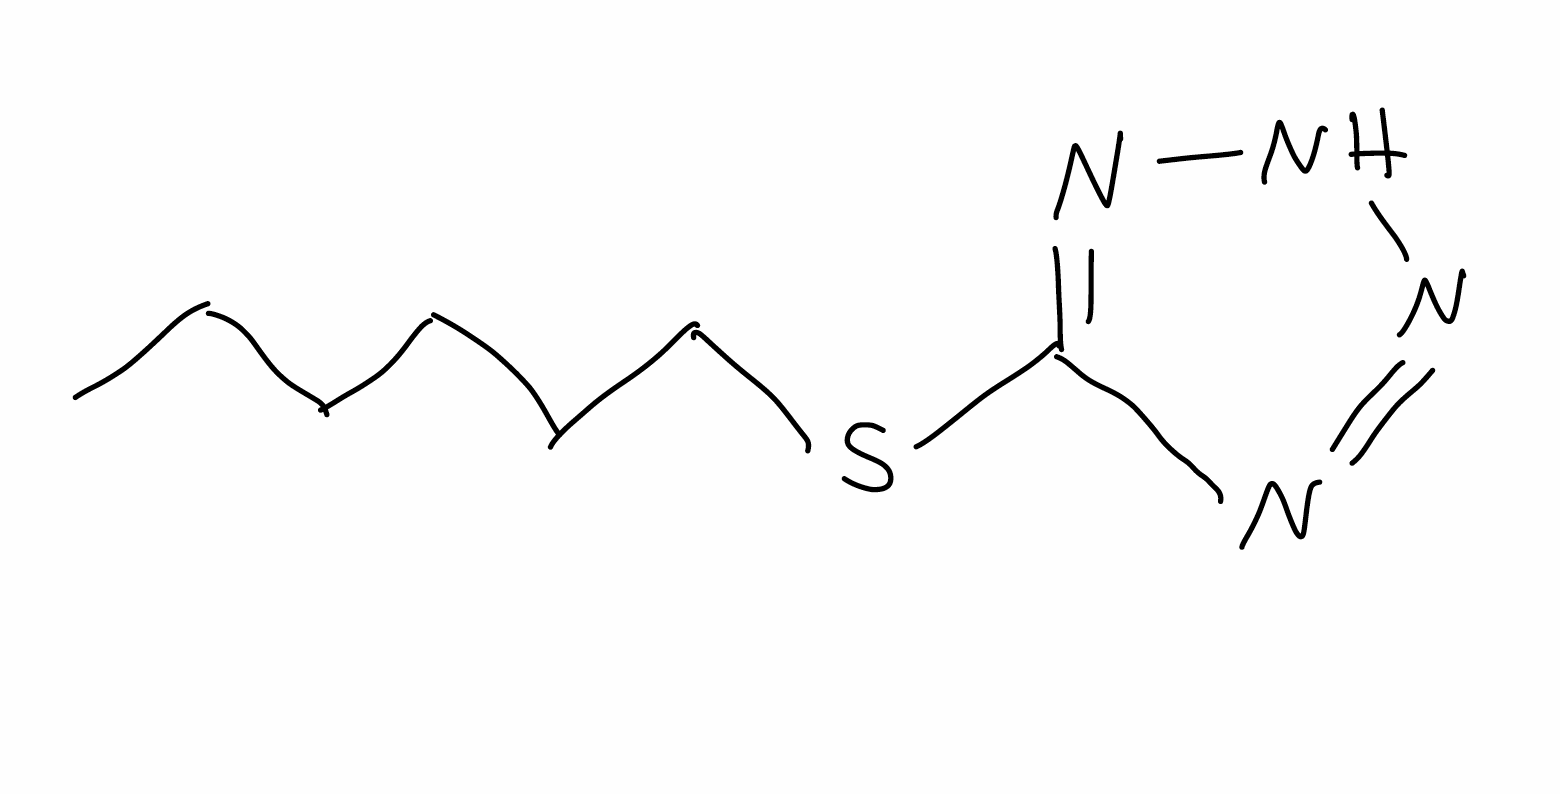
Simplified molecular-input line-entry system (SMILES) notation of the given molecule:
CCCCCCSC1=NNN=N1